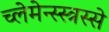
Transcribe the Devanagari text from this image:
च्लेमेन्स्स्त्रस्से